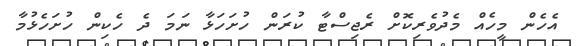
އެެހެން މީހެއް މެދުވެރިކޮށް ރެޖިސްޓާ ކުރަން ހުށަހަޅާ ނަމަ ދެ ހެކިން ހުށަހެޅުމާ